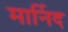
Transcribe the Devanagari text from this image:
मार्निद